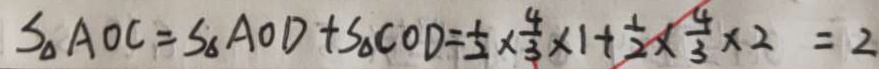
S _ { \Delta } A O C = S _ { \Delta } A O D + S _ { \Delta } C O D = \frac { 1 } { 2 } \times \frac { 4 } { 3 } \times 1 + \frac { 1 } { 2 } \times \frac { 4 } { 3 } \times 2 = 2